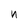
Character: n